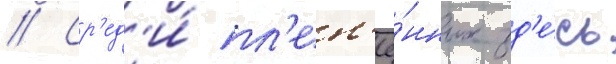
// Ср'ед'и́ пл'ен'ё́нных зд'е́сь